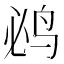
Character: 𮭤